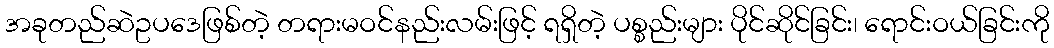
အခုတည်ဆဲဥပဒေဖြစ်တဲ့ တရားမဝင်နည်းလမ်းဖြင့် ရရှိတဲ့ ပစ္စည်းများ ပိုင်ဆိုင်ခြင်း၊ ရောင်းဝယ်ခြင်းကို